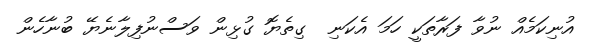
އުނިކަމެއް ނުވާ ފަރާތަކީ ހަމަ އެކަނި  ގިތެޔޮ ގުޅިން ވަސްނުފިލާނެޔޭ ބުނާހެން